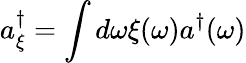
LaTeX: a_{\xi}^{\dagger}=\int d\omega\xi(\omega)a^{\dagger}(\omega)